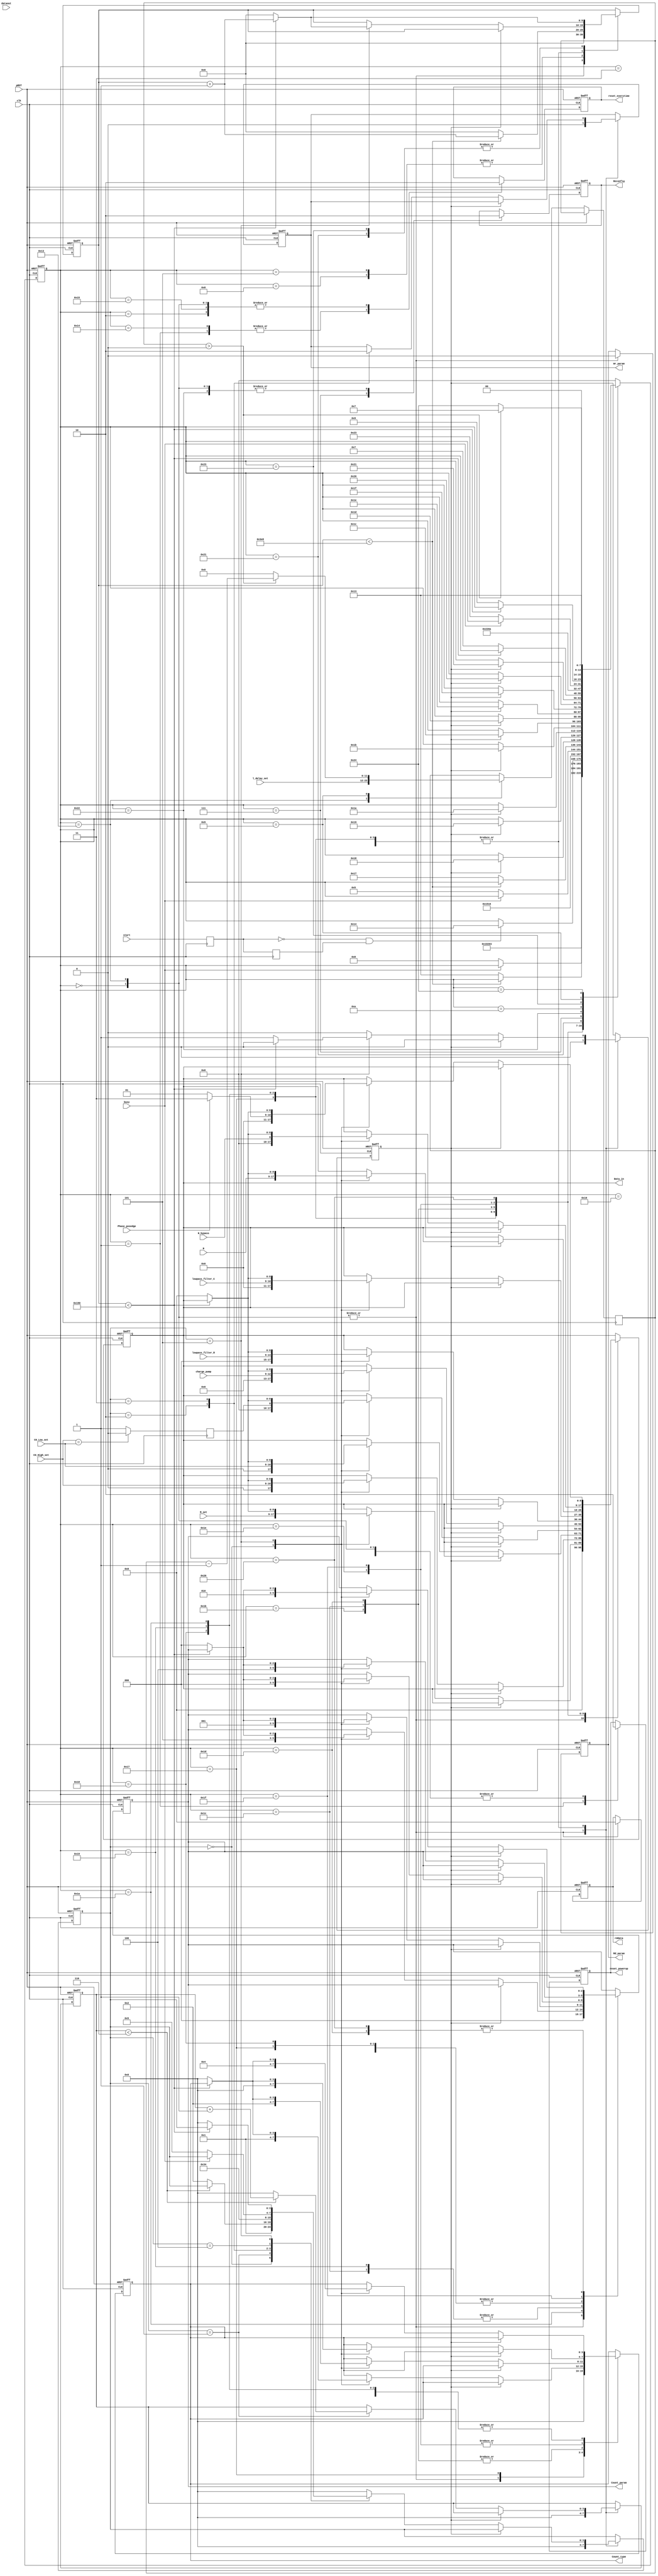
module   Reconfig_Pll(
					input   clk,
					input	pRST,
					input	busy,
					input   [8:0]dataout,
					input	start,
					
					input 	[11:0] l_delay_set,//tap
					input	[8:0] M_set,
					input	[7:0] C0_High_set,
					input   [7:0] C0_Low_set,
					input   [3:0] charge_pump,
					input   [5:0] lowpass_filter_R,
					input   [1:0] lowpass_filter_C,
					input   [8:0] N,
					input   N_bypass,
					input   Phase_posedge,
					
					output  reg  Reconfig,
					output  reg  Rd_param,
					output  reg  Wr_param,
					output  reg  reset_powerup,
					output  reg  [8:0]Data_in,
					output  reg  [3:0]Count_type,
					output  reg  [2:0] Count_param,
					output  reg  [8:0]rddata,
					output  reg   reset_everytime
					);

reg  [7:0]state;
reg  [11:0]l_delay;
reg  [3:0]delay;
reg  FF;
reg  [3:0]state1;
reg  [9:0]count;
reg  start_s0,start_s1;
reg  odd;

always @(posedge clk)
begin
	start_s0<=start;
	start_s1<=start_s0;
end

always @(posedge clk)
begin
	if(C0_High_set==C0_Low_set)
		odd<=1'd0;
	else
		odd<=1'd1;
end
/****************************************************
	count_param_reg
			count_type_reg
			data_reg9*/
			
task  chang_param;
input [2:0]count_param_reg;
input [3:0]count_type_reg;
input [8:0]data_reg;
begin
			case(state1)
				4'd0:
					begin
								Count_param <= count_param_reg;
								Count_type <= count_type_reg;
								Data_in <= data_reg;
								state1 <= 4'd1;
					end
				4'd1:
					begin	
								if(delay < 4'd6) delay <= delay + 1'b1;///
								else
								begin
										delay <= 4'd0; 
										state1 <= 4'd2;
								end
					end
				4'd2:
					begin
								Wr_param <= 1'b1;
								state1 <= 4'd3;
					end
				4'd3:
					begin
								Wr_param <= 1'b0;
								state1 <= 4'd4;
					end
				4'd4:
					begin
								if(!busy) state1 <= 4'd5;
					end
				4'd5:
					begin
								if(count < 10'd400) count <= count + 1'b1;
								else
								begin
											count <= 10'd0;
											state1 <= 4'd0;
											Data_in <= 9'd0;
											Count_param <= 3'd0;
											Count_type <= 4'd0;
											FF <= 1'b1;
								end
					end
				default:state1 <= 4'd0;
			endcase
end
endtask



parameter   Idle=8'd0,reset=8'd1,set1=8'd2,set2=8'd3,set3=8'd4,set4=8'd5,
set5=8'd6,Reconfigure=8'd7,set6=8'd8,judge_delay=8'd9,wait_busy2=8'd10,
set7=8'd11,set8=8'd12,set9=8'd13,set10=8'd14,set11=8'd15,set12=8'd16,set13=8'd17,
set14=8'd18,set15=8'd19,set16=8'd20,set17=8'd21,set18=8'd22,set19=8'd23,set20=8'd24,
set21=8'd25,set22=8'd26,set23=8'd27,set24=8'd28,set25=8'd29,set26=8'd30,set27=8'd31,set28=8'd32,
set29=8'd33,set30=8'd34,set31=8'd35,set32=8'd36,set33=8'd37;
always @(posedge clk or posedge pRST)
if(pRST)
begin
	reset_powerup <= 1'b0;
	Reconfig <= 1'b0;
	FF <= 1'b0;
	Rd_param <= 1'b0;
	rddata <= 9'd0;
	Count_type <= 4'd0;
	Count_param <= 3'd0;
	Data_in <= 9'd0;
	state1 <= 4'd0;
	Wr_param <= 1'b0;
	delay <= 4'd0;
	count<=0;
	reset_everytime<=0;
	state <= Idle;	
end
else
begin
			case(state)
				Idle:
					begin
								reset_powerup <= 1'b0;
								Reconfig <= 1'b0;
								FF <= 1'b0;
								Rd_param <= 1'b0;
								rddata <= 9'd0;
								Count_type <= 4'd0;
								Count_param <= 3'd0;
								Data_in <= 9'd0;
								state1 <= 4'd0;
								Wr_param <= 1'b0;
								delay <= 4'd0;
								count<=0;
								reset_everytime<=0;
								state <= reset;
					end
				reset://---
					begin
								reset_powerup <= 1'b1;
								reset_everytime<=1'b1;
								state <= set1;
					end
				set1:
					begin
								reset_powerup <= 1'b0;
								reset_everytime<=1'b0;
								state <= set2;
					end
				set2:
					begin
								if(!busy) state <= set6;
					end
				set6:
					begin
								if(count<10'd1000)  count <= count + 1'b1;
								else
								begin
											count <= 10'd0;
											state <= set15;
								end
					end
				set15://--
					begin
								count<=0;
								reset_powerup <= 1'b0;
								Reconfig <= 1'b0;
								FF <= 1'b0;
								Rd_param <= 1'b0;
								rddata <= 9'd0;
								Count_type <= 4'd0;
								Count_param <= 3'd0;
								Data_in <= 9'd0;
								state1 <= 4'd0;
								Wr_param <= 1'b0;
								delay <= 4'd0;
								reset_everytime<=0;
								l_delay<=l_delay_set;
								if((start_s0==0) && (start_s1==1))//negedge of start
										state <= set16;
					end
				set16:
					begin
								reset_everytime <= 1'b1;
								state <= set17;
					end
				set17:
					begin
								reset_everytime <= 1'b0;
								state <= set18;
					end
				set18:
					begin
								if(!busy) state <= set4;
					end
				set4:
					begin
								if(count < 10'd1000) count <= count + 1'b1;
								else
								begin
										count <= 10'd0;
										state <= set19;
								end
					end
				set19://------M
					begin	
								if(!FF) chang_param(3'd0,4'd1,M_set[8:0]);
								else 
								begin
											FF <= 1'b0;
											state <= set20;
								end
					end
				set20://-----C0
					begin	
								if(!FF) chang_param(3'd0,4'd4,{1'd0,C0_High_set[7:0]});
								else 
								begin
											FF <= 1'b0;
											state <= set21;
								end
					end
					
				set21://-----C0
					begin	
								if(!FF) chang_param(3'd1,4'd4,{1'b0,C0_Low_set[7:0]});
								else 
								begin
											FF <= 1'b0;
											state <= set22;
											
								end
					end
				set22://-----odd division
					begin
								if(!FF) chang_param(3'd5,4'd4,{8'd0,odd});
								else 
								begin
											FF <= 1'b0;
											state <= set23;
								end
					end
					
				set23://------CP
					begin
								if(!FF) chang_param(3'd0,4'd2,{5'd0,charge_pump});
								else 
								begin
											FF <= 1'b0;
											state <= set24;
								end
					end
					
				set24://------LF
					begin
								if(!FF) chang_param(3'd1,4'd2,{3'd0,lowpass_filter_R});
								else 
								begin
											FF <= 1'b0;
											state <= set25;
								end
					end
				
				set25://------LF
					begin
								if(!FF) chang_param(3'd2,4'd2,{7'd0,lowpass_filter_C});
								else 
								begin
											FF <= 1'b0;
											state <= set26;
								end
					end
					
				set26://----N
					begin
								if(!FF) chang_param(3'd0,4'd0,N);
								else 
								begin
											FF <= 1'b0;
											state <= set27;
								end
					end
					
				set27://----bypass N
					begin
								if(!FF) chang_param(3'd4,4'd0,{8'd0,N_bypass});
								else 
								begin
											FF <= 1'b0;
											state <= set28;
								end
					end
					
				set28:
					begin
								if(!FF) chang_param(3'd2,4'd4,(Phase_posedge?9'd3:9'd1));//3'd2,4'd1,9'd3
								else
								begin
											FF <= 1'b0;
											state <= set29;
								end
					end
					
				set29:
					begin
								if(count<10'd400) count <= count + 1'b1;
								else
								begin
										count <= 10'd0;
										state <= Reconfigure;
								end
					end
				Reconfigure:
					begin
								Reconfig <= 1'b1;
								state <= set30;
					end
				set30:
					begin
								Reconfig <= 1'b0;
								state <= wait_busy2;
					end
				wait_busy2:
					begin
								if(!busy) state <= set31;
					end
				set31:
					begin
								if(count<10'd400) count <= count + 1'b1;
								else
								begin
											count <= 10'd0;
											state <= judge_delay;
								end
					end
					
				judge_delay:
					begin
								if(l_delay > 12'd0)
								begin
										l_delay <= l_delay -12'b1;
										state <= Reconfigure;
								end
								else
								begin
										state <= set32;
										l_delay<=12'd0;
								end
					end
					
				set32:
					begin
								//flag <= flag + 1'b1;
								state <= set15;
					end
				default:state <= Idle;
			endcase
end

endmodule